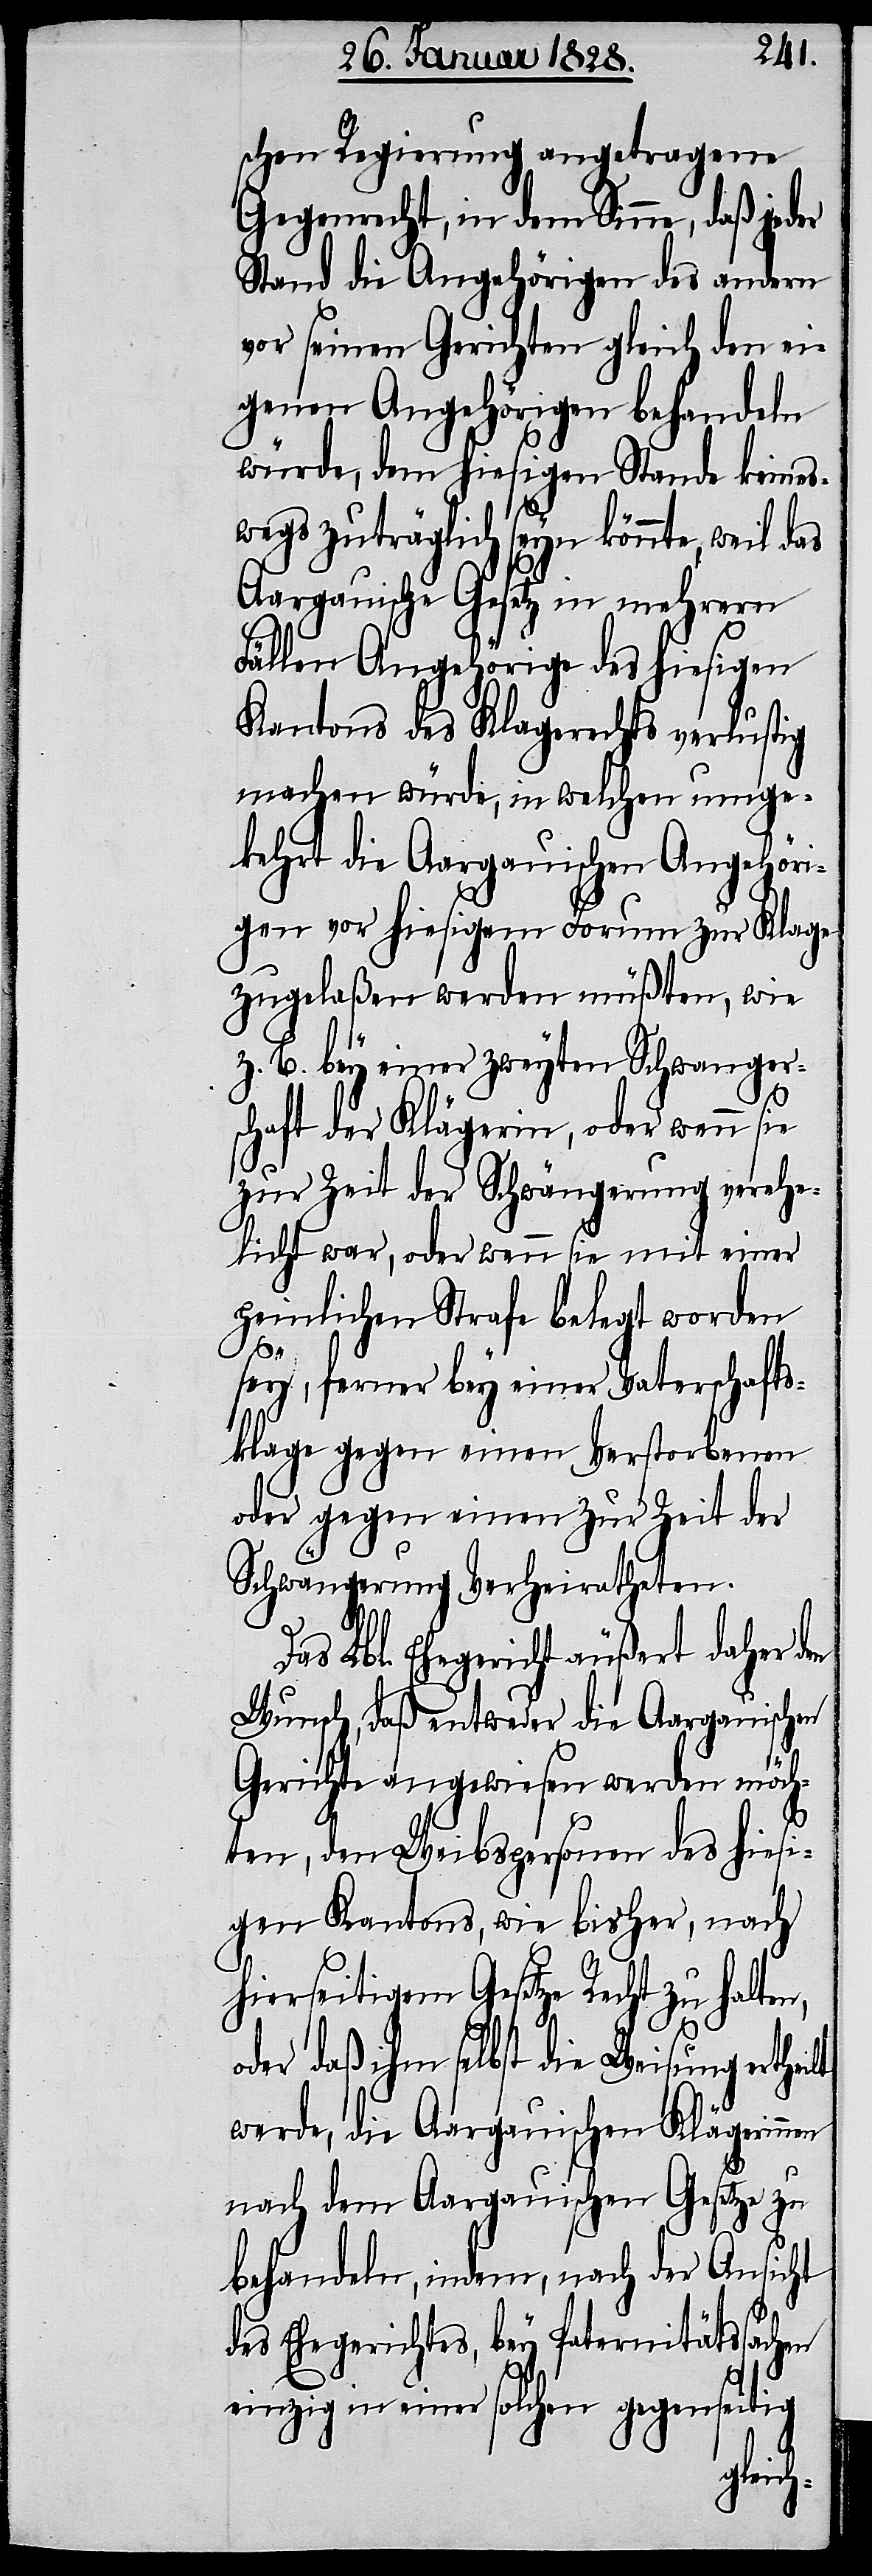
schen Regierung angetragene
Gegenrecht, in dem Sinne, daß jeder
Stand die Angehörigen des andern
vor seinen Gerichten gleich den ei¬
genen Angehörigen behandeln
würde, dem hiesigen Stande keines¬
wegs zuträglich seyn könnte, weil das
Aargauische Gesetz in mehrern
Fällen Angehörige des hiesigen
Kantons des Klagerechts verlustig
machen würde, in welchen umge¬
frühere der Aargauischen Regierung
gen vor hiesigem Forum zur Klage
zugelaßen werden müßten, wie
z. B. bey einer zweyten Schwangers¬
chaft der Klägerin, oder wenn sie
zur Zeit der Schwängerung verehe¬
licht war, oder wenn sie mit einer
peinlichen Strafe belegt worden
sey, ferner bey einer Vaterschafts¬
klage gegen einen Verstorbenen
oder gegen einen zur Zeit der
Schwängerung Verheiratheten.
Das Lbl. Ehegericht äußert daher den
Wunsch, daß entweder die Aargauischen
Gerichte angewiesen werden möch¬
ten, den Weibspersonen des hiesi¬
gen Kantons, wie bisher, nach
hierseitigem Gesetze Recht zu halten,
der daß ihm selbst die Weisung erthei¬
werde, die Aargauischen Klägerinnen
sammt dem Aargauischen Gesetze,
behandeln, indem, nach der Ansicht
des Ehegerichtes, bey Paternitätssachen
einzig in einer solchen gegenseitigen
die
welche